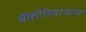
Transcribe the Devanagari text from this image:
बॅक्टेरियाजन्य